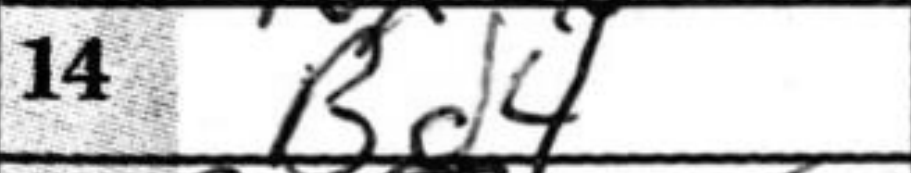
Transcription: Bd4